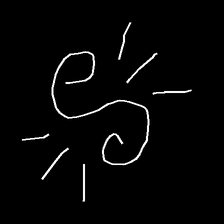
Glyph: wind-directs-air